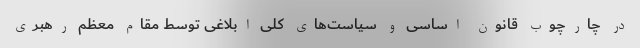
در چارچوب قانون اساسی و سیاست‌های کلی ابلاغی توسط مقام معظم رهبری